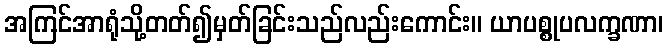
အကြင်အာရုံသို့တတ်၍မှတ်ခြင်းသည်လည်းကောင်း။ ယာပစ္စုပလက္ခဏာ၊